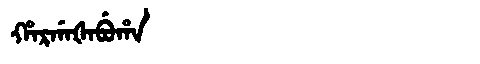
Manchu: ᡥᠠᡵᡤᠠᡧᠠᠪᡠᡥᠠ
Romanization: HARGAŠABUHA